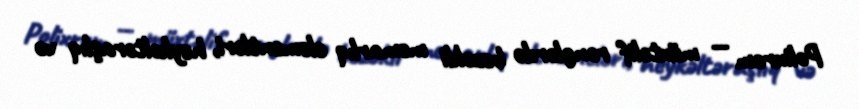
Polixrom — müxtəlif rənglərdə bəzəkli memarlıq elementləri, heykəltəraşlıq və